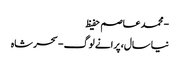
- محمد عاصم حفیظ
نیا سال، پرانے لوگ - سحر شاہ